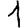
Digit: 1